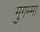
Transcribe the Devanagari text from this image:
मुगम्मा